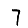
Digit: 7